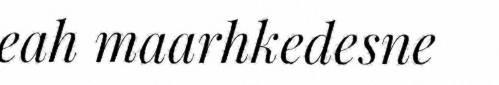
eah maarhkedesne